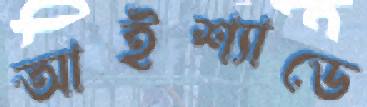
আইশ্যাডে